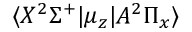
\langle X ^ { 2 } \Sigma ^ { + } | \mu _ { z } | A ^ { 2 } \Pi _ { x } \rangle